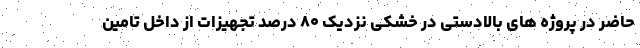
حاضر در پروژه های بالادستی در خشکی نزدیک ۸۰ درصد تجهیزات از داخل تامین